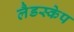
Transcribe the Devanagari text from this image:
लैडस्केप